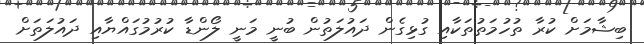
ބިޝާމަށް ކުރާ ތުހުމަތުތަކާއި ގުޅިގެން ދައުލަތުން ބުނީ މަނީ ލޯންޑާ ކުރުމުގައްޔާއި ދައުލަތަށް